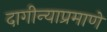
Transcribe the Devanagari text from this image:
दागीन्याप्रमाणे